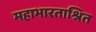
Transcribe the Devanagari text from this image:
महाभारताश्रित